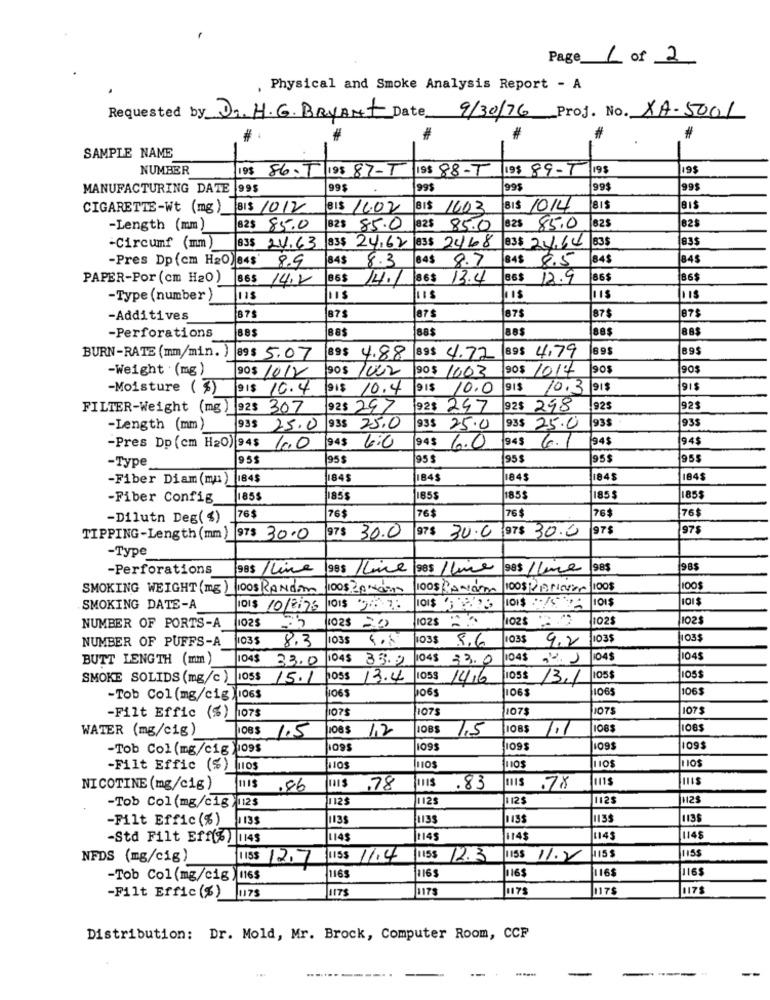
Page 1 of 2
, Physical and Smoke Analysis Report - A
9/30/76 Prof. No. XA-5001
Requested by D. H.G. Bryant Date
#
#
SAMPLE NAME
NUMBER
19$ 86-T 198 87-T 198 88-T
19$ 89-T
198
19$
MANUFACTURING DATE 995
99$
99$
995
99$
99$
CIGARETTE-Wt (mg) 81$ 1012
BIS 11.07
BIS 1603
BI$ 1014
BIS
-Length (mm )
82$ 85.0
823
85.0
82$
85.0
825 85.0
825
-Circumf (mm)
83$
83$ 24.63
83$ 24.62 838 2468
83$ 24.64 838
-Pres Dp (cm H2O)84$ 8.9
84$ 8.3
84$
84$ 8.5
84$
84$
8.7
PAPER-Por (cm H20)
86$ 14.7
86$
14.1
86$
13.4
86$ 12.9
86$
86$
-Type (number )
Jus
-Additives
875
87$
87$
87$
87$
87$
38$
88$
88$
885
-Perforations
BURN-RATE (mm/min. )
69$
895
89$ 5.07
89$ 4.88
89$ 4.72
89$ 4.79
-Weight (mg)
90$ 1003
90$ 1014
90$
90$
90$ 1012
90$ 100Z
-Moisture ( $)
9 1$ 10.4
91$ 10.4
10.0
10.3
91$
FILTER-Weight (mg)
92$ 307
92$ 297
92$ 257
92$ 248
925
92$
935
-Length (mm)
93$ 25.0
93$ 25.0
3$ 25.0
93$ 25.0
1935
945
(94$
945
-Pres Dp (cm H2O) 94$ /0.0
6:0
94$ 6.0
94$ 6.1
-Type
95$
95$
95$
95$
95$
955
-Fiber Diam (mm)
1845
845
184$
1843
1845
184$
-Fiber Config
185$
185$
1855
185$
185
1855
-Dilutn Deg( 4)
76$
76$
76$
76 $
76$
76$
97$ 30.0 97$ 30.0
975
97$
TIPPING-Length (mm) 97$ 30.0
97$ 30.0
-Type
-Perforations
985 /Line
ges /lime
985
98$
SMOKING WEIGHT (mg )
100S RANDA
100s 20 com
1005 /201am
100$Parisvar
SMOKING DATE-A
DI$ 10/8/75 1015 976
0$ :5
1025
102$2
102
102
NUMBER OF PORTS-A
102$ ="
NUMBER OF PUFFS-A
1035
8.3
1035
5.8
103$
1035
103$
103$
8.6
9,2
BUTT LENGTH (mm )
104$
33.0
104$ 35.2
04$ 23.0
04$ 2. 1
04$
1045
SMOKE SOLIDS (mg/c ) 1058
15.1
1055
13.4
1055 14/16
105
13.1
105$
105$
1065
1065
106$
1065
1065
-Tob Col (mg/cig )106$
1075
1075
107
107$
1075
107$
-Filt Effic (%)
WATER (mg/cig)
108$ 1,2
7.5
1.1
1083
08$ 1.5
-Tob Col (mg/cig 109$
1095
109$
109$
1093
-Filt Effic (%)
nos
110$
1115
NICOTINE (mg/cig)
1115
.86
MI$ .78
.83
1115 .78
1125
1125
1125
112$
-Tob Col (mg/cig )12$
-Filt Effic (%)
113S
1135
1133
1135
1135
-Std Filt Eff(%) |14$
114$
1145
114$
1145
1148
NFDS (mg/cig)
LIS$ 12.7
115$ 11.4
115$ 12.3
115$ 11.7
115$
115$
116$
116$
116$
-Tob Col (mg/cig ) 116$
1165
1165
JuITS
1175
1175
1175
117$
-Filt Effic (%) |175
Distribution: Dr. Mold, Mr. Brock, Computer Room, CCF